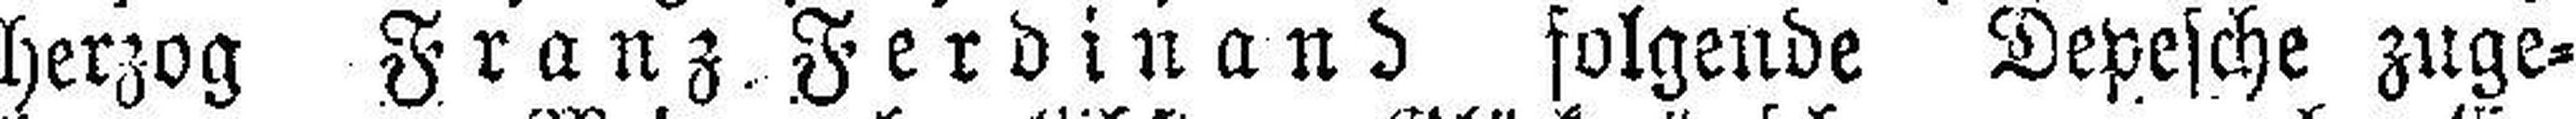
herzog Franz Ferdinand folgende Depesche zuge¬